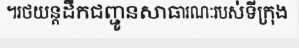
។រថយន្តដឹកជញ្ជូនសាធារណៈរបស់ទីក្រុង